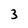
Character: 3